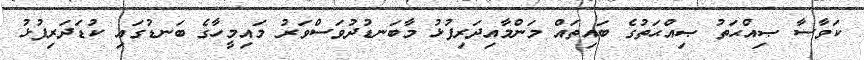
ކަވާސާ ޞިއްޙަތު ޞިއްޙަތުގެ ބައިތައް މަންމާއިދަރިފުޅު މާބަނޑުދުވަސްވަރު މައިމީހާގެ ބަނޑުގައި ކުޑަދަރިފުޅު